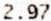
2.97